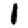
Digit: 1